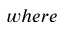
w h e r e